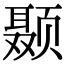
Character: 颞